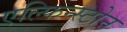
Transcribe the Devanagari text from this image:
एल्फिन्स्टोन